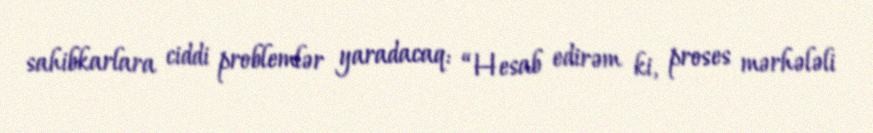
sahibkarlara ciddi problemlər yaradacaq: “Hesab edirəm ki, proses mərhələli